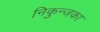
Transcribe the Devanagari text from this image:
निकुन्जका